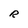
Character: R